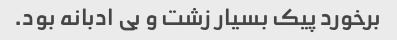
برخورد پیک بسیار زشت و بی ادبانه بود.